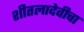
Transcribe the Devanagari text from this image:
शीतलादेवीचा